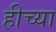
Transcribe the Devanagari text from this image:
हीच्या